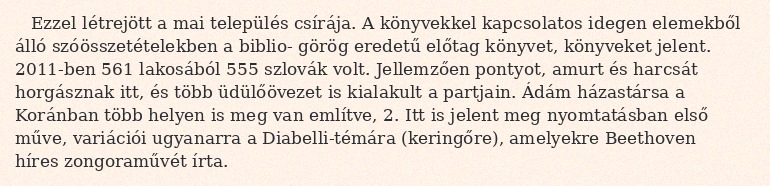
Ezzel létrejött a mai település csírája. A könyvekkel kapcsolatos idegen elemekből álló szóösszetételekben a biblio- görög eredetű előtag könyvet, könyveket jelent. 2011-ben 561 lakosából 555 szlovák volt. Jellemzően pontyot, amurt és harcsát horgásznak itt, és több üdülőövezet is kialakult a partjain. Ádám házastársa a Koránban több helyen is meg van említve, 2. Itt is jelent meg nyomtatásban első műve, variációi ugyanarra a Diabelli-témára (keringőre), amelyekre Beethoven híres zongoraművét írta.